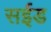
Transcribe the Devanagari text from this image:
सईड